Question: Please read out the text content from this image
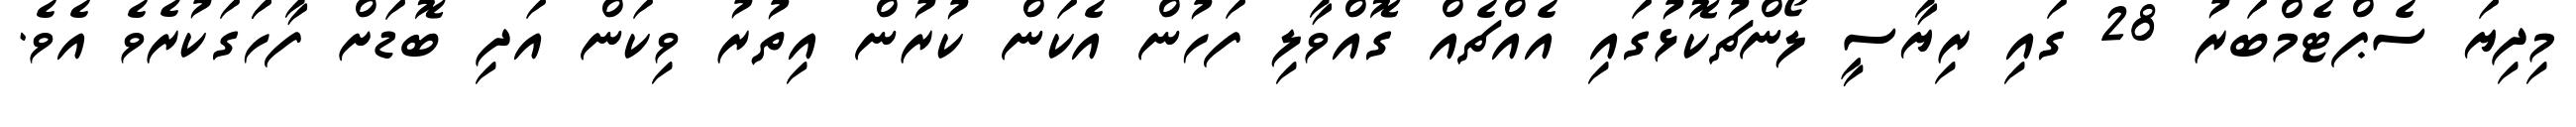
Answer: މިދިޔަ ސެޕްޓެމްބަރު 28 ގައި ރިޔާސީ ލޯންޗުކޮޅުގައި އެއްޗެއް ގޮއްވާލި ފަހުން އެކަން ކުރުން އިތުރު ވިކަން އަދި ބޮޑަށް ފާހަަގަކުރެވެ އެވެ.